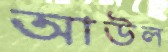
আউল